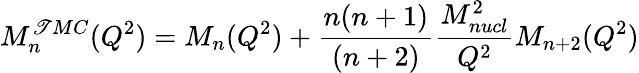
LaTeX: M_{n}^{\mathscr{T}MC}(Q^{2})=M_{n}(Q^{2})+\frac{{n(n+1)}}{{(n+2)}}\frac{{M_{nucl}^{2}}}{{Q^{2}}}M_{n+2}(Q^{2})